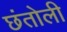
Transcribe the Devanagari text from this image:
छंतोली